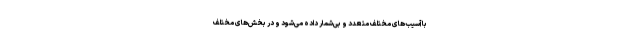
با آسیب‌های مختلف متعدد و بی‌شمار داده می‌شود و در بخش‌های مختلف